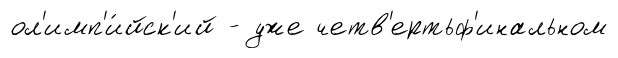
ол'имп'и́йск'ий - уже четв'ертьф'инальном